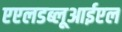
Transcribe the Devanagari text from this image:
एएलडब्लूआईएल